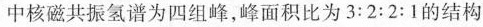
中核磁共振氢谱为四组峰，峰面积比为3:2:2:1的结构